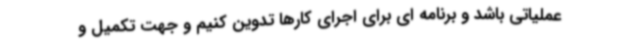
عملیاتی باشد و برنامه ای برای اجرای کارها تدوین کنیم و جهت تکمیل و